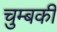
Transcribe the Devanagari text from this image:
चुम्बकी